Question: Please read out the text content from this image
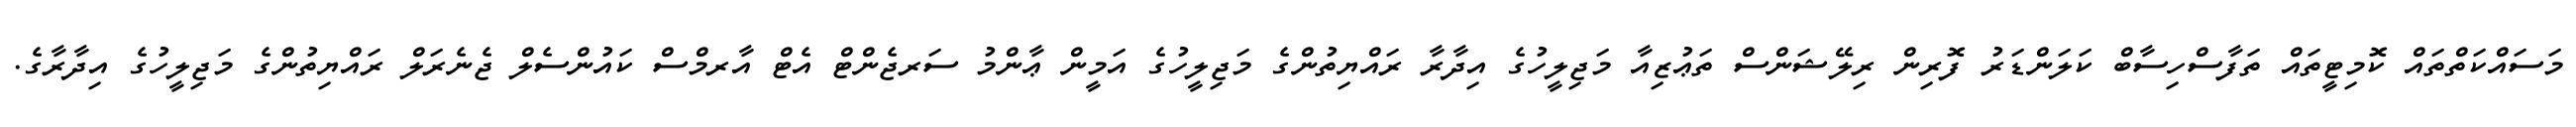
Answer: މަސައްކަތްތައް ކޮމިޓީތައް ތަފާސްހިސާބް ކަލަންޑަރު ފޮރިން ރިލޭޝަންސް ތަޢުޒިއާ މަޖިލީހުގެ އިދާރާ ރައްޔިތުންގެ މަޖިލީހުގެ އަމީން ޢާންމު ސަރޖެންޓް އެޓް އާރމްސް ކައުންސެލް ޖެނެރަލް ރައްޔިތުންގެ މަޖިލީހުގެ އިދާރާގެ.